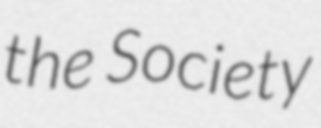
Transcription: the Society